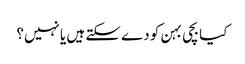
کیا بچی بہن کو دے سکتے ہیں یا نہیں؟